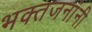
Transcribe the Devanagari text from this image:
भक्तजनांनी